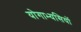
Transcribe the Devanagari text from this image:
योगाभ्यसियों